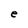
Character: e